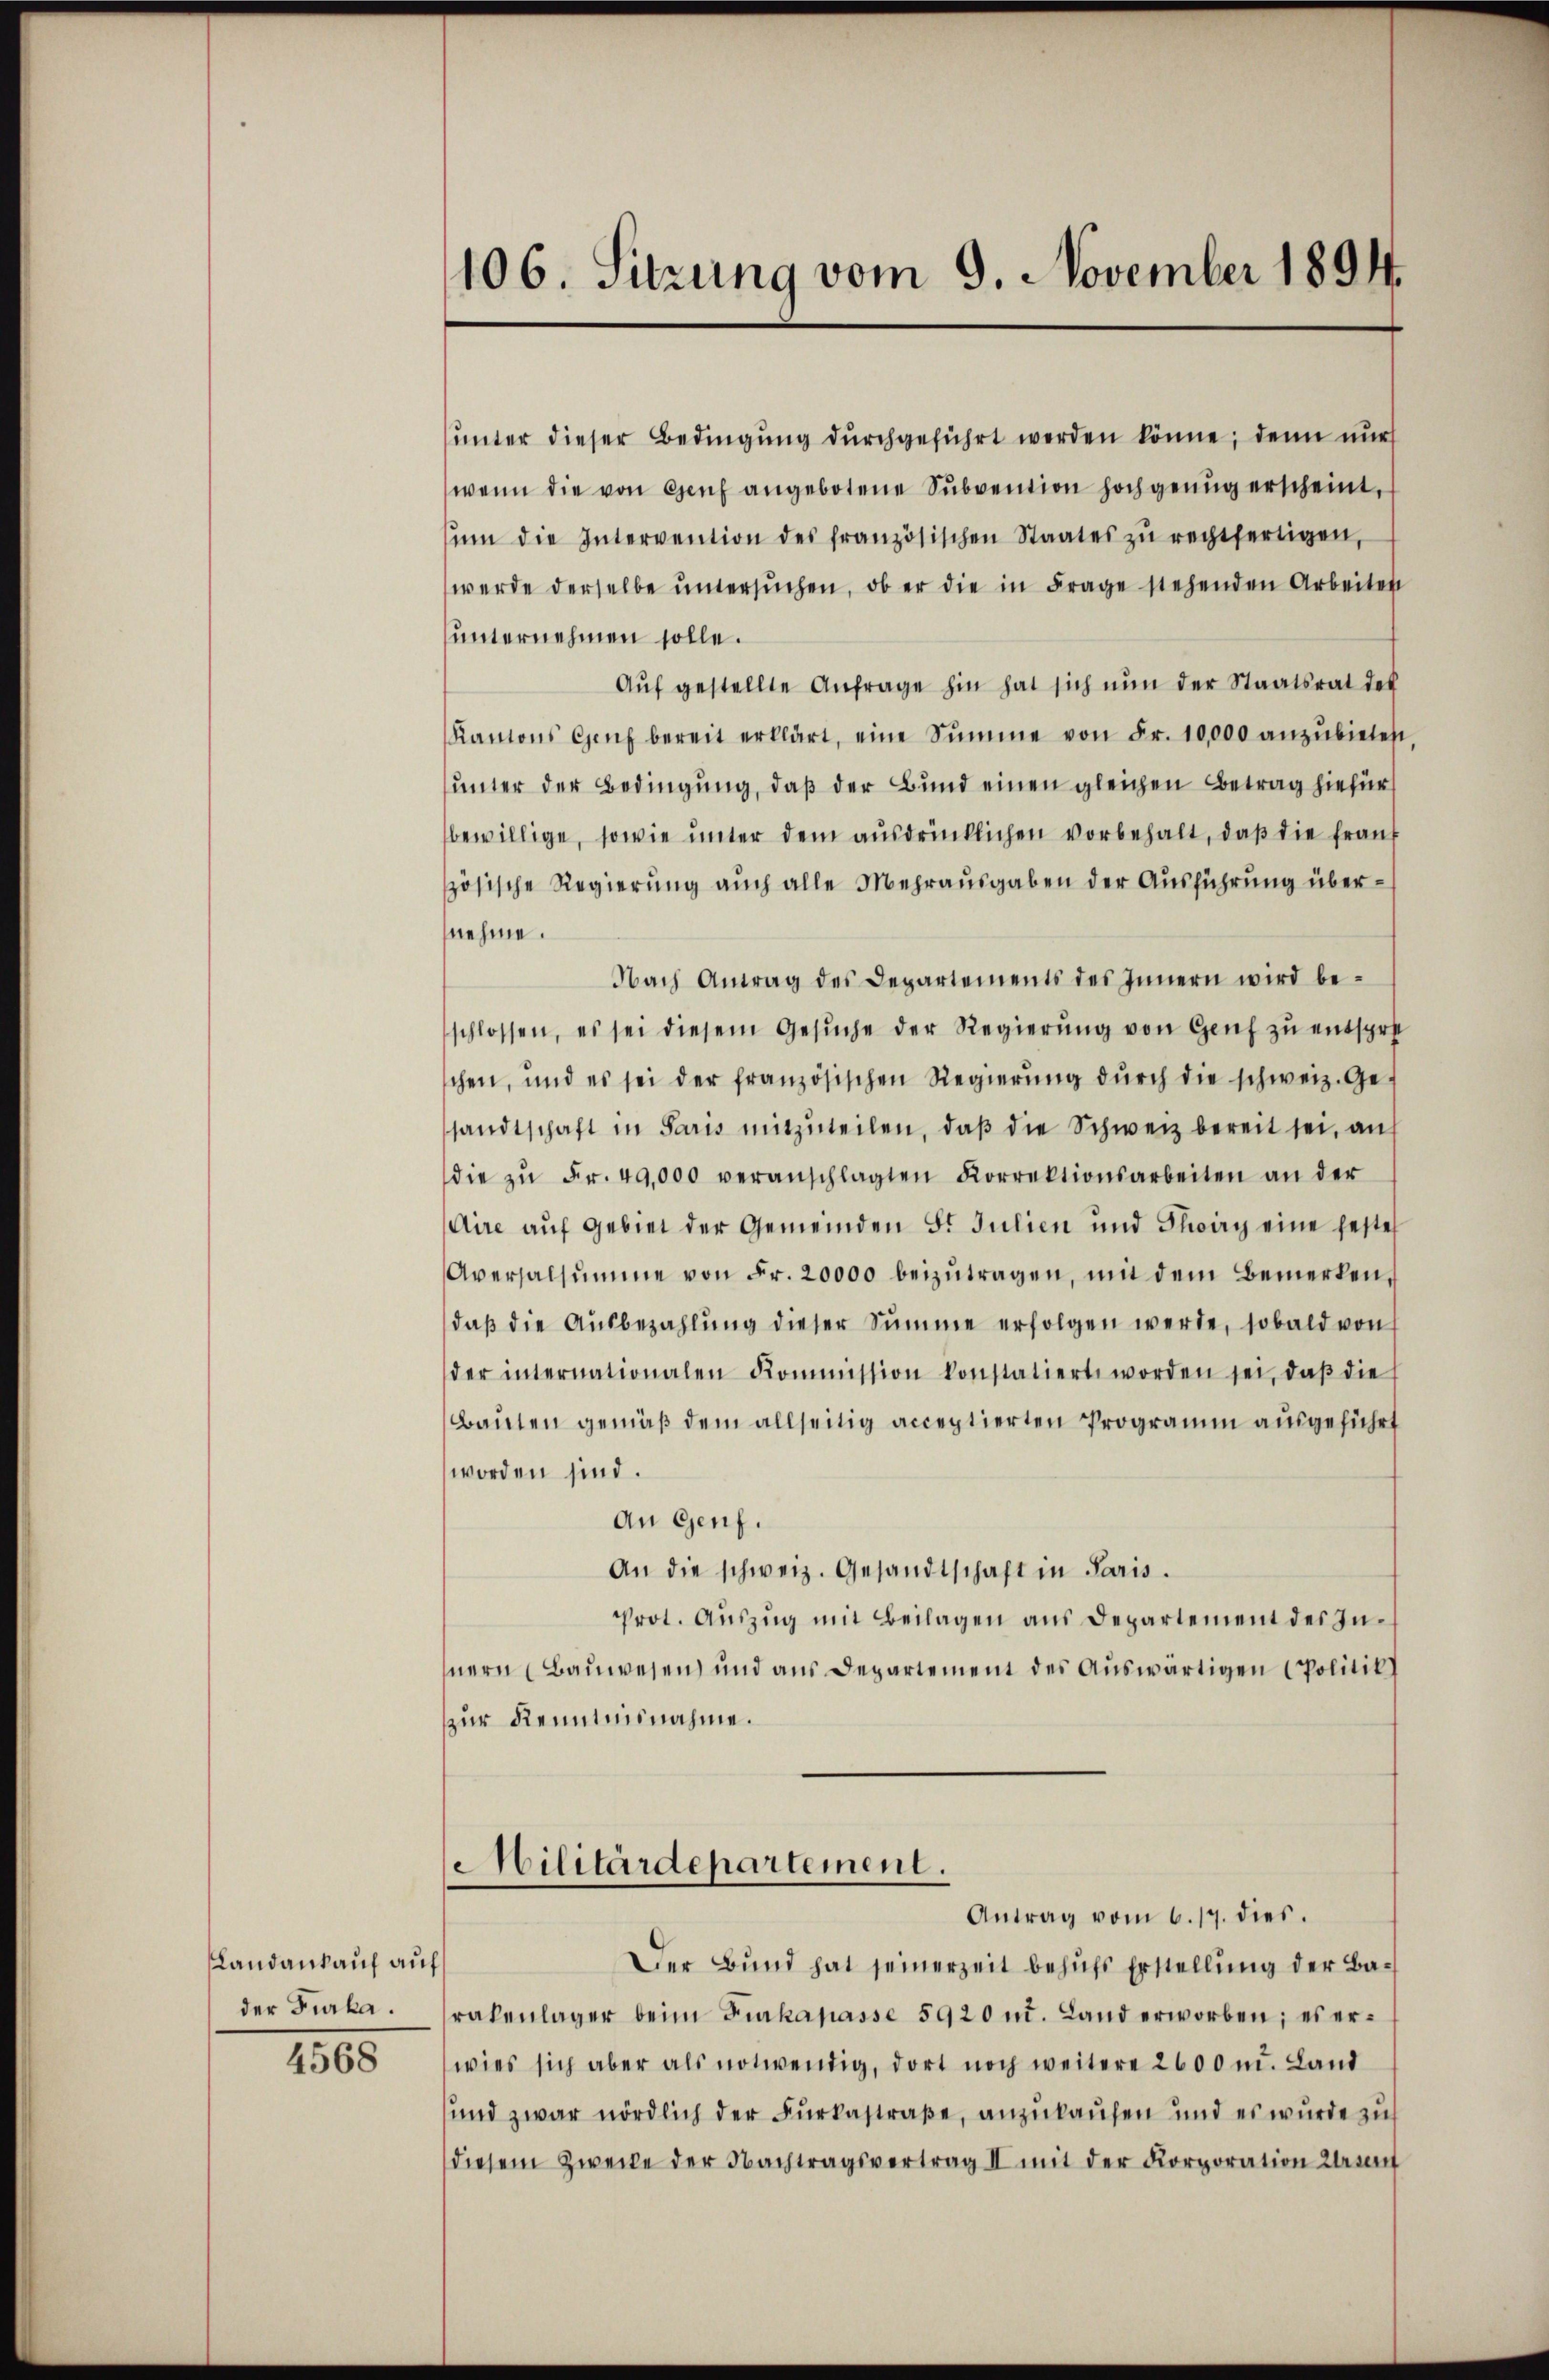
Landankauf auf
der Furka.

4568

106. Sitzung vom 9. November 1894.

unter dieser Bedingung durchgeführt werden könne; denn nur
wenn die von Genf angebotene Subvention hoch genug erscheint,
ŭm die Intervention des französischen Staates zŭ rechtfertigen,
werde derselbe ŭntersŭchen, ob er die in Frage stehenden Arbeiten
unternehmen solle.
Aŭf gestellte Anfrage hin hat sich nun der Staatsrat des
Kantons Genf bereit erklärt, eine Summe von Fr. 10,000 anzŭbieten
unter der Bedingung, daß der Bund einen gleichen Betrag hiefür
bewillige, sowie unter dem ausdrücklichen vorbehalt, daβ die fraŭf
zösische Regierung auch alle Mehrausgaben der Ausführung übernehme.
Nach Antrag des Departements des Innern wird beschlossen, es sei diesem Gesŭche der Regierŭng von Genf zu entsprot
schen, und es sei der französischen Regierŭng dŭrch die schweiz. Ge-
sandtschaft in Paris mitzŭteilen, daβ die Schweiz bereit sei, an
die zŭ Fr. 49,000 veranschlagten Korrektionsarbeiten an der
Aire aŭf Gebiet der Gemeinden 5. Julien und Schwarz eine feste
Aversalsumme von Fr. 20000 beizutragen, mit dem Bemerken,
daβ die Aŭsbezahlŭng dieser Summe erfolgen werde, sobald von
der internationalen Kommission konstatiert worden sei, daβ die
Bauten gemäß dem allseitig acceptierten Programm ausgeführt
worden sind.
An Genf.
An die schweiz. Gesandtschaft in Paris.
Prot. Auszug mit Beilagen aus Departement des Innern (Baŭwesen und aus Departement des Aŭswärtigen Politik
zur Kenntnisnahme.
Militärdepartement.
Antrag vom 6. 17. dies.
Der Bund hat seinerzeit behufs Erstellung der Barakenlager beim Furkapasse 5920 u. Land erworben; es er-
wies sich aber als notwendig, dort noch weitere 2600 m. Land
und zwar nördlich der Furkastraße, anzukaufen und es wurde zu
diesem Zwecke der Nachtragsvertrag II mit der Korporation errent